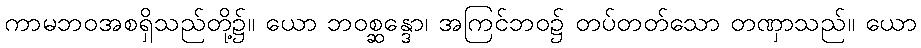
ကာမဘဝအစရှိသည်တို့၌။ ယော ဘဝစ္ဆန္ဒော၊ အကြင်ဘဝ၌ တပ်တတ်သော တဏှာသည်။ ယော